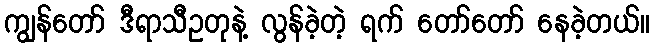
ကျွန်တော် ဒီရာသီဥတုနဲ့ လွန်ခဲ့တဲ့ ရက် တော်တော် နေခဲ့တယ်။